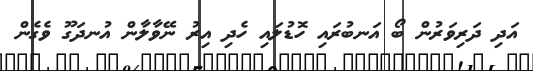
އަދި ދަރިވަރުން ބޯ އަނބުރައި ހޮޑުލައި ހެދި އިރު ނޭވާލާން އުނދަގޫ ވެގެން